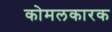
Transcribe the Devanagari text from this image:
कोमलकारक